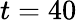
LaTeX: t=40